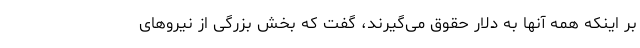
بر اینکه همه آنها به دلار حقوق می‌گیرند، گفت که بخش بزرگی از نیروهای